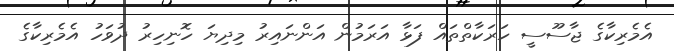
އެމެރިކާގެ ޖާސޫސީ ހަރަކާތްތައް ފަޅާ އަރަމުން އަންނައިރު މިދިޔަ ހޮނިހިރު ދުވަހު އެމެރިކާގެ